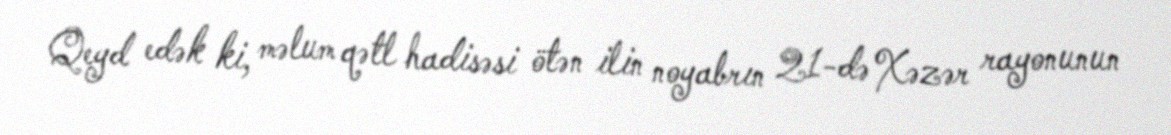
Qeyd edək ki, məlum qətl hadisəsi ötən ilin noyabrın 21-də Xəzər rayonunun